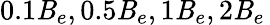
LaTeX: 0.1{\mathit{B}}_{{e}},0.5{\mathit{B}}_{{e}},1{\mathit{B}}_{{e}},2{\mathit{B}}_{{e}}\thinspace